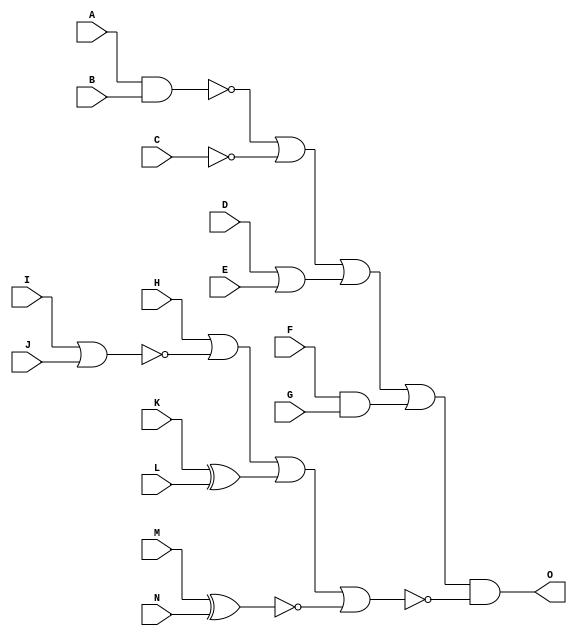
`timescale 1ns / 1ps
//////////////////////////////////////////////////////////////////////////////////
// Company: 
// Engineer: 
// 
// Design Name: 
// Module Name: kapilar
// Project Name: 
// Target Devices: 
// Tool Versions: 
// Description: 
// 
// Dependencies: 
// 
// Revision:
// Revision 0.01 - File Created
// Additional Comments:
// 
//////////////////////////////////////////////////////////////////////////////////


module kapilar(
    input A,B,C,D,E,F,G,H,I,J,K,L,M,N,
    output O
    );
    wire w1,w2,w3,w4,w5,w6,w7,w8;
    wire a1,a2;
    nand(w1,A,B);
    not(w2,C);
    or(w3,D,E);
    and(w4,F,G);
    buf(w5,H);
    nor(w6,I,J);
    xor(w7,K,L);
    xnor(w8,M,N);
    or(a1,w1,w2,w3,w4);
    nor(a2,w5,w6,w7,w8);
    and(O,a1,a2);
    
endmodule